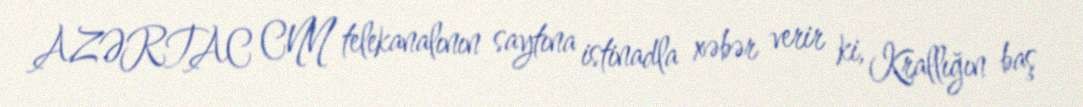
AZƏRTAC CNN telekanalının saytına istinadla xəbər verir ki, Krallığın baş